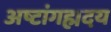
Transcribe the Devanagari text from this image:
अष्टांगह्मदय